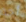
أحد